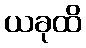
ယခုထိ